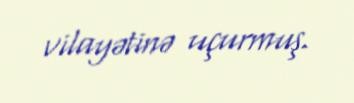
vilayətinə uçurmuş.